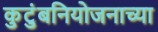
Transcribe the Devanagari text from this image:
कुटुंबनियोजनाच्या